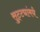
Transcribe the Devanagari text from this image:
सुट्ट्यांमधे